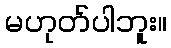
မဟုတ်ပါဘူး။